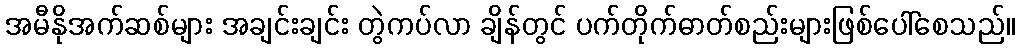
အမီနိုအက်ဆစ်များ အချင်းချင်း တွဲကပ်လာ ချိန်တွင် ပက်တိုက်ဓာတ်စည်းများဖြစ်ပေါ်စေသည်။